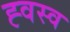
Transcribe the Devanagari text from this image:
ह्वस्व